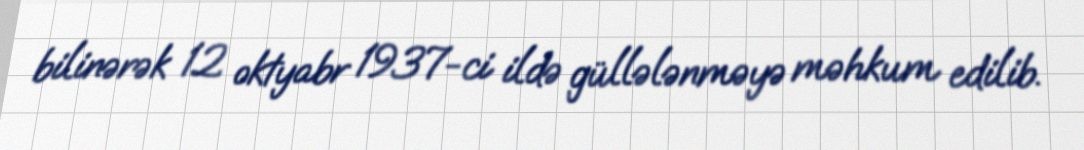
bilinərək 12 oktyabr 1937-ci ildə güllələnməyə məhkum edilib.